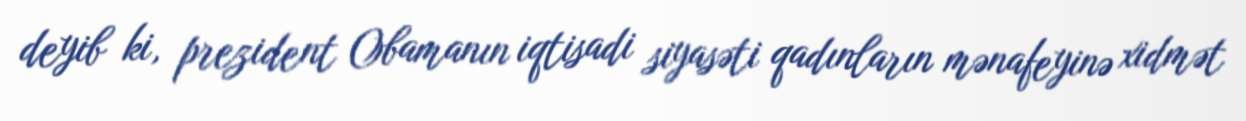
deyib ki, prezident Obamanın iqtisadi siyasəti qadınların mənafeyinə xidmət